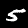
Digit: 5